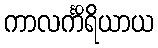
ကာလင်္ကိရိယာယ